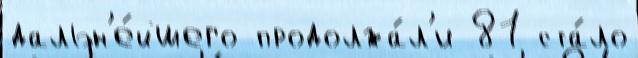
дальн'е́йшего продолжа́л'и 81 ста́ло